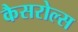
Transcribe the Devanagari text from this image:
कैसरोल्स